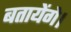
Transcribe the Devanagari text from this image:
बतायेंगे।